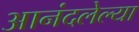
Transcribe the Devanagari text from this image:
आनंदलेल्या